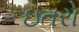
ઇતરો